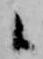
候